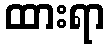
ထားရာ